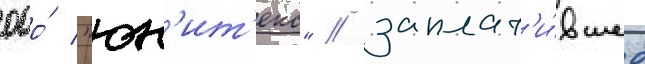
ооо́ "юн'ит'екс" / заплат'и́вшее